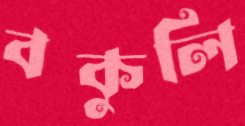
বকুলি